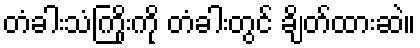
တံခါးသံကြိုးကို တံခါးတွင် ချိတ်ထားဆဲ။